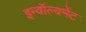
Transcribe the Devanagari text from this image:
इन्वॉल्वमेंट